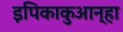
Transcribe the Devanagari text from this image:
इपिकाकुआन्हा